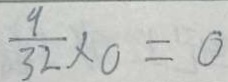
\frac { 9 } { 3 2 } \times 0 = 0